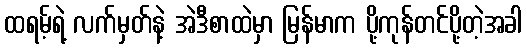
ထရမ့်ရဲ့ လက်မှတ်နဲ့ အဲဒီစာထဲမှာ မြန်မာက ပို့ကုန်တင်ပို့တဲ့အခါ